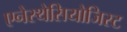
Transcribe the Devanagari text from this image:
एनेस्थेसियोजिस्ट